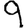
Digit: 9